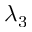
\lambda _ { 3 }